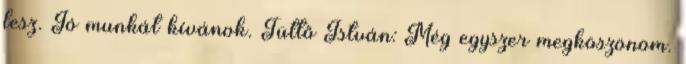
lesz. Jó munkát kívánok. Tüttő István: Még egyszer megköszönöm.